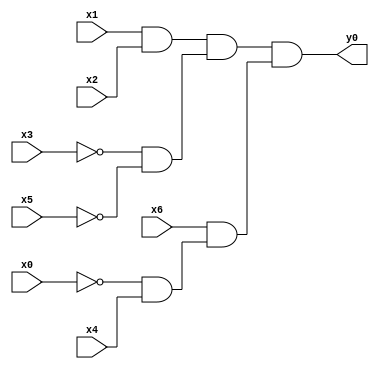
module top( x0 , x1 , x2 , x3 , x4 , x5 , x6 , y0 );
  input x0 , x1 , x2 , x3 , x4 , x5 , x6 ;
  output y0 ;
  wire n8 , n9 , n10 , n11 , n12 , n13 ;
  assign n8 = x1 & x2 ;
  assign n9 = ~x3 & ~x5 ;
  assign n10 = n8 & n9 ;
  assign n11 = ~x0 & x4 ;
  assign n12 = x6 & n11 ;
  assign n13 = n10 & n12 ;
  assign y0 = n13 ;
endmodule